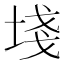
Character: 𡍌